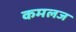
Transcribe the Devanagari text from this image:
कमलज